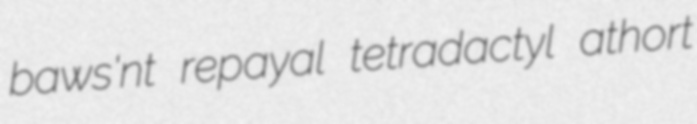
baws'nt repayal tetradactyl athort